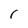
Character: r